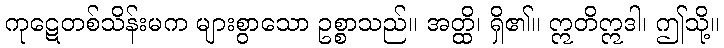
ကုဋေတစ်သိန်းမက များစွာသော ဥစ္စာသည်။ အတ္ထိ၊ ရှိ၏။ ဣတိဣဒါ၊ ဤသို့။